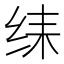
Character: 𱺛